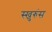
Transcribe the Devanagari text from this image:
स्खुरुंस